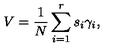
V = \frac 1 N \sum _ { i = 1 } ^ { r } s _ { i } \gamma _ { i } ,